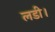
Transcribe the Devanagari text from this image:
लडी।